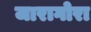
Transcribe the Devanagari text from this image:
जारागोरा